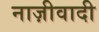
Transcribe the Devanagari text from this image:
नाज़ीवादी